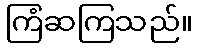
ကြံဆကြသည်။